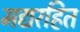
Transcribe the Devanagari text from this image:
मद्यरहित